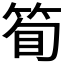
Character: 𬕇